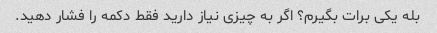
بله یکی برات بگیرم؟ اگر به چیزی نیاز دارید فقط دکمه را فشار دهید.